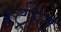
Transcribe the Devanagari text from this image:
रट्रीट